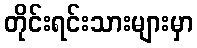
တိုင်းရင်းသားများမှာ